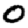
Digit: 0